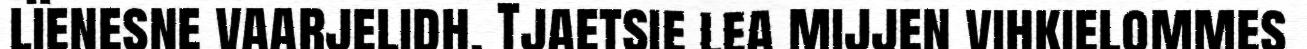
lïenesne vaarjelidh. Tjaetsie lea mijjen vihkielommes